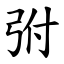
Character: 弣